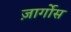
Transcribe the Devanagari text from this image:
ज़ार्गोस